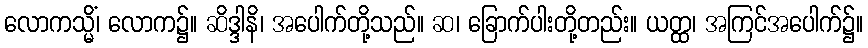
လောကသ္မိံ၊ လောက၌။ ဆိဒ္ဒါနိ၊ အပေါက်တို့သည်။ ဆ၊ ခြောက်ပါးတို့တည်း။ ယတ္ထ၊ အကြင်အပေါက်၌။